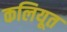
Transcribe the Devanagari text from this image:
कलियूत